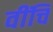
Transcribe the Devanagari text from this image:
वींचि